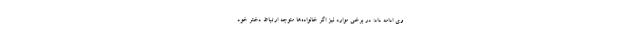
وی ادامه داد: در برخی موارد نیز اگر خانواده‌ها متوجه ارتباط دختر خود